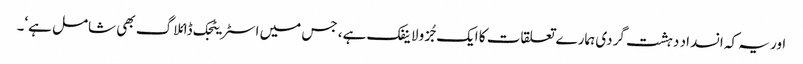
اور یہ کہ انسداد دہشت گردی ہمارے تعلقات کا ایک جُزو لاینفک ہے، جس میں اسٹریٹجک ڈائلاگ بھی شامل ہے‘۔